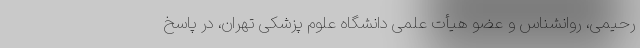
رحیمی، روانشناس و عضو هیأت علمی دانشگاه علوم پزشکی تهران، در پاسخ